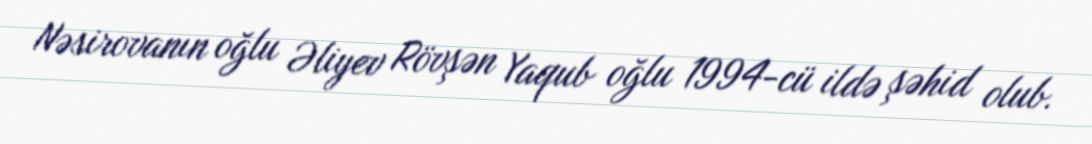
Nəsirovanın oğlu Əliyev Rövşən Yaqub oğlu 1994-cü ildə şəhid olub.